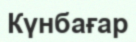
Күнбағар